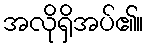
အလိုရှိအပ်၏။